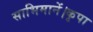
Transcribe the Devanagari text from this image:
साभिमानें।कृपा